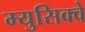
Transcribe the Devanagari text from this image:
म्युसिक्वे